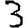
Digit: 3